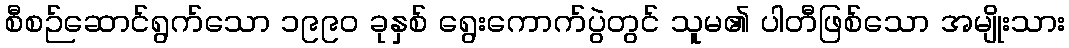
စီစဉ်ဆောင်ရွက်သော ၁၉၉၀ ခုနှစ် ရွေးကောက်ပွဲတွင် သူမ၏ ပါတီဖြစ်သော အမျိုးသား